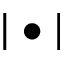
| \bullet |